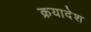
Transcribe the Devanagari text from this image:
क्रयादेश